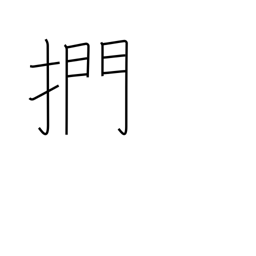
Meaning: to stroke